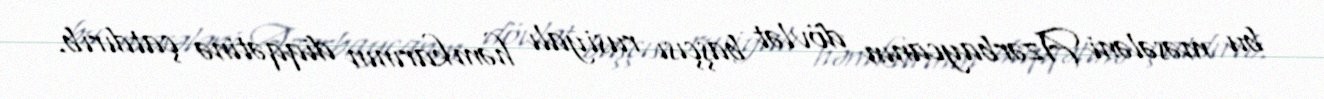
bu məsələni Azərbaycanın dövlət başçısı rusiyalı həmkarının diqqətinə çatdırıb.